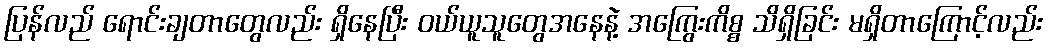
ပြန်လည် ရောင်းချတာတွေလည်း ရှိနေပြီး ဝယ်ယူသူတွေအနေနဲ့ အကြွေးကိစ္စ သိရှိခြင်း မရှိတာကြောင့်လည်း